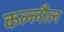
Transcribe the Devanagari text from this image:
कल्लौल